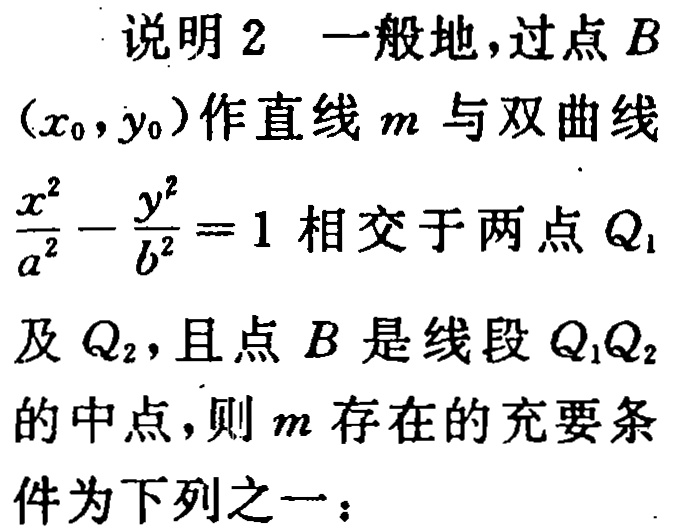
说明 2 一般地，过点\(B\)

\((x_{0},y_{0})\)作直线\(m\)与双曲线

\(\frac{x^{2}}{a^{2}}-\frac{y^{2}}{b^{2}} = 1\)相交于两点\(Q_{1}\)

及\(Q_{2}\)，且点\(B\)是线段\(Q_{1}Q_{2}\)

的中点，则\(m\)存在的充要条

件为下列之一：